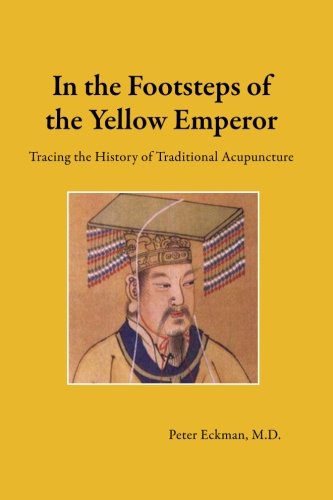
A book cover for In the Footsteps of the Yellow Emperor: Tracing the History of Traditional Acupuncture; Peter Eckman  MD; Biographies & Memoirs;